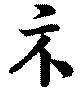
示